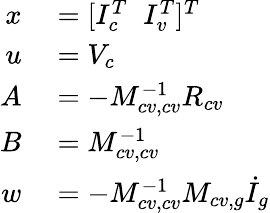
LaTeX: \begin{array}{rl}{x}&{{}=[I_{c}^{T}\; \; I_{v}^{T}]^{T}}\\ {u}&{{}=V_{c}}\\ {A}&{{}=-M_{cv,cv}^{-1}R_{cv}}\\ {B}&{{}=M_{cv,cv}^{-1}}\\ {w}&{{}=-M_{cv,cv}^{-1}M_{cv,g}\dot{I}_{g}}\end{array}